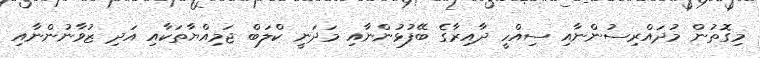
މިގޮތުން މުދައްރިސުންނާއި ސިއްހީ ދާއިރާގެ ބޭފުޅުންނާއި މަދަނީ ކްލަބް ޖަމިއްޔާތަކާއި އަދި ޒުވާނުންނާއި